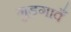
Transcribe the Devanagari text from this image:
गुड़गावँ